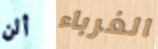
ألن الغرباء